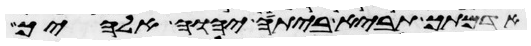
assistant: אדמתך תביא ביתה יהוה אלהיך